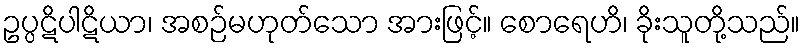
ဥပ္ပဋိပါဋိယာ၊ အစဉ်မဟုတ်သော အားဖြင့်။ စောရေဟိ၊ ခိုးသူတို့သည်။